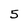
Character: 5